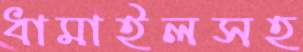
ধামাইলসহ